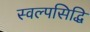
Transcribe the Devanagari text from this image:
स्वल्पसिद्धि